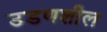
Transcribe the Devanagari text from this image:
उडणशील